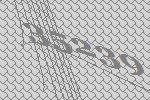
35239